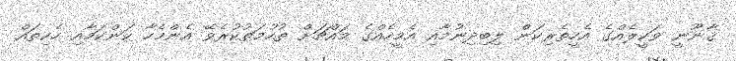
ޤާނޫނީ ވަކީލެއްގެ އެހީތެރިކަން ލިބިދިނުމާއި އެމީހެއްގެ މައްޗަށް ތުހުމަތުކުރެވޭ އެންމެހާ ކަންކަމާއި ހެކިތައް